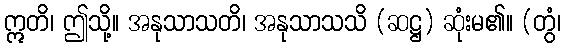
ဣတိ၊ ဤသို့။ အနုသာသတိ၊ အနုသာသသိ (ဆဋ္ဌ) ဆုံးမ၏။ (တွံ၊